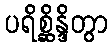
ပရိစ္ဆိန္ဒိတွာ